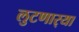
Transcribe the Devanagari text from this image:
लुटणार्‍या